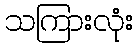
သကြားလုံး